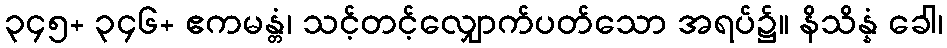
၃၄၅+ ၃၄၆+ ဧကမန္တံ၊ သင့်တင့်လျှောက်ပတ်သော အရပ်၌။ နိသိန္နံ ခေါ၊